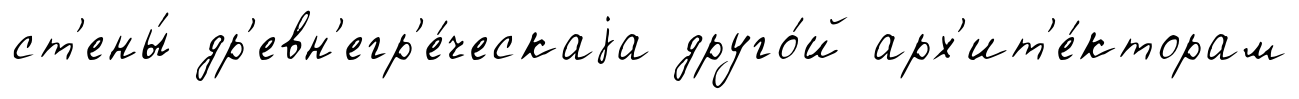
ст'ены́ др'евн'егр'е́ческаjа друго́й арх'ит'е́кторам